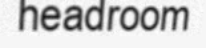
headroom